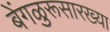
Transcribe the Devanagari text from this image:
बेंगळुरूसारख्या